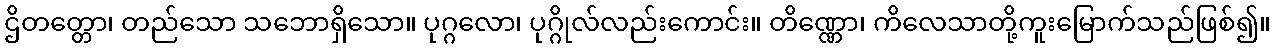
ဌိတတ္တော၊ တည်သော သဘောရှိသော။ ပုဂ္ဂလော၊ ပုဂ္ဂိုလ်လည်းကောင်း။ တိဏ္ဏော၊ ကိလေသာတို့ကူးမြောက်သည်ဖြစ်၍။